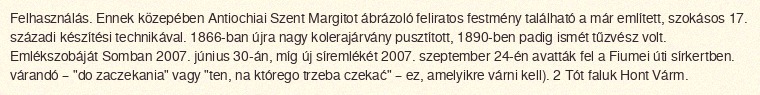
Felhasználás. Ennek közepében Antiochiai Szent Margitot ábrázoló feliratos festmény található a már említett, szokásos 17. századi készítési technikával. 1866-ban újra nagy kolerajárvány pusztított, 1890-ben padig ismét tűzvész volt. Emlékszobáját Somban 2007. június 30-án, míg új síremlékét 2007. szeptember 24-én avatták fel a Fiumei úti sírkertben. várandó – "do zaczekania" vagy "ten, na którego trzeba czekać" – ez, amelyikre várni kell). 2 Tót faluk Hont Várm.